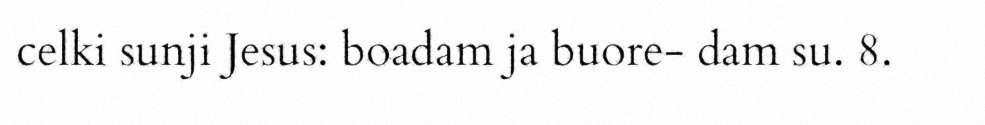
celki sunji Jesus: boadam ja buore- dam su. 8.